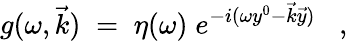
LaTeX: g(\omega,\vec{k})\; =\; \eta(\omega)\; e^{-i(\omega y^{0}-\vec{k}\vec{y})}\; \; \; ,